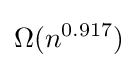
\Omega (n^{0.917})